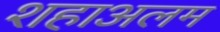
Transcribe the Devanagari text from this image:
शहाअलम